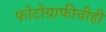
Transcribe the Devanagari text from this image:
फोटोग्राफीचीही